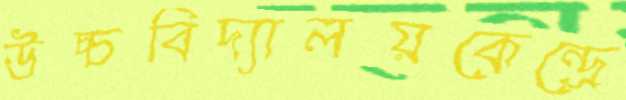
উচ্চবিদ্যালয়কেন্দ্রে